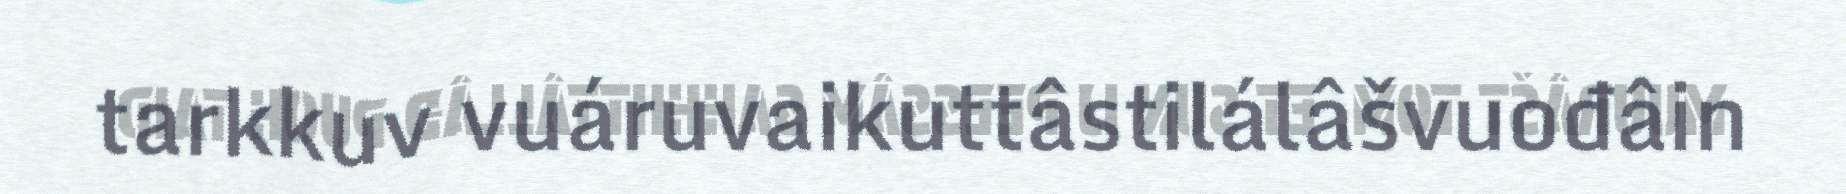
tarkkuv vuáruvaikuttâstilálâšvuođâin